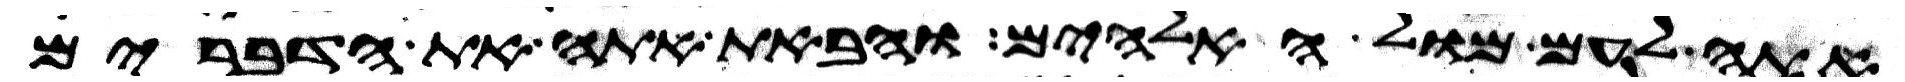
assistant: אתה לעם מול האלהים והבאת אתה את הדברים